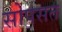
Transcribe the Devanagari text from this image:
सोपसत